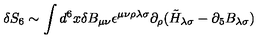
\delta S _ { 6 } \sim \int d ^ { 6 } x \delta B _ { \mu \nu } \epsilon ^ { \mu \nu \rho \lambda \sigma } \partial _ { \rho } ( \tilde { H } _ { \lambda \sigma } - \partial _ { 5 } B _ { \lambda \sigma } )